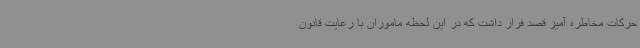
حرکات مخاطره آمیز قصد فرار داشت که در این لحظه ماموران با رعایت قانون